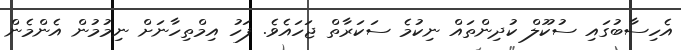
އެހިސާބުގައި ސުކޫލް ކުދިންތައް ނިކުމެ ސަކަރާތް ޖަހައެވެ. ފަހު އިމްތިހާނަށް ނިމުމުން އެންމެން